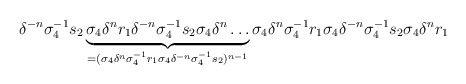
\begin{align*}\delta^{-n} \sigma_4^{-1} s_2 \underbrace{ \sigma_4 \delta^n r_1 \delta^{-n} \sigma_4^{-1} s_2 \sigma_4 \delta^n \dots}_{= (\sigma_4 \delta^n \sigma_4^{-1} r_1 \sigma_4 \delta^{-n} \sigma_4^{-1} s_2)^{n-1}} \sigma_4 \delta^n \sigma_4^{-1} r_1 \sigma_4 \delta^{-n} \sigma_4^{-1} s_2 \sigma_4 \delta^{n} r_1 \end{align*}